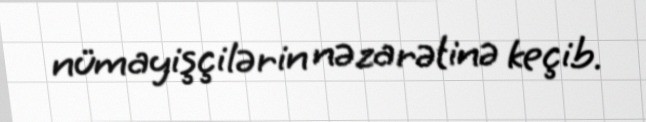
nümayişçilərin nəzarətinə keçib.